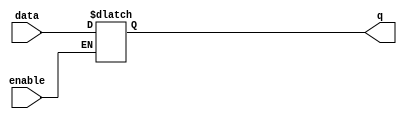
module transparent_latch (
  input data,
  input enable,
  output reg q
);

always @ (enable, data)
begin
  if (enable == 1'b1)
    q <= data;
end

endmodule